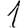
Digit: 1